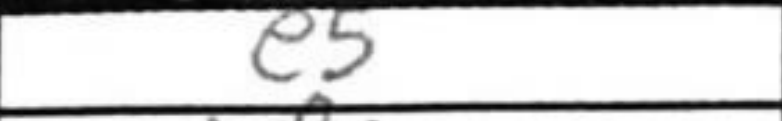
Transcription: e5